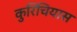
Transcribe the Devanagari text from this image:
कुरिचियास